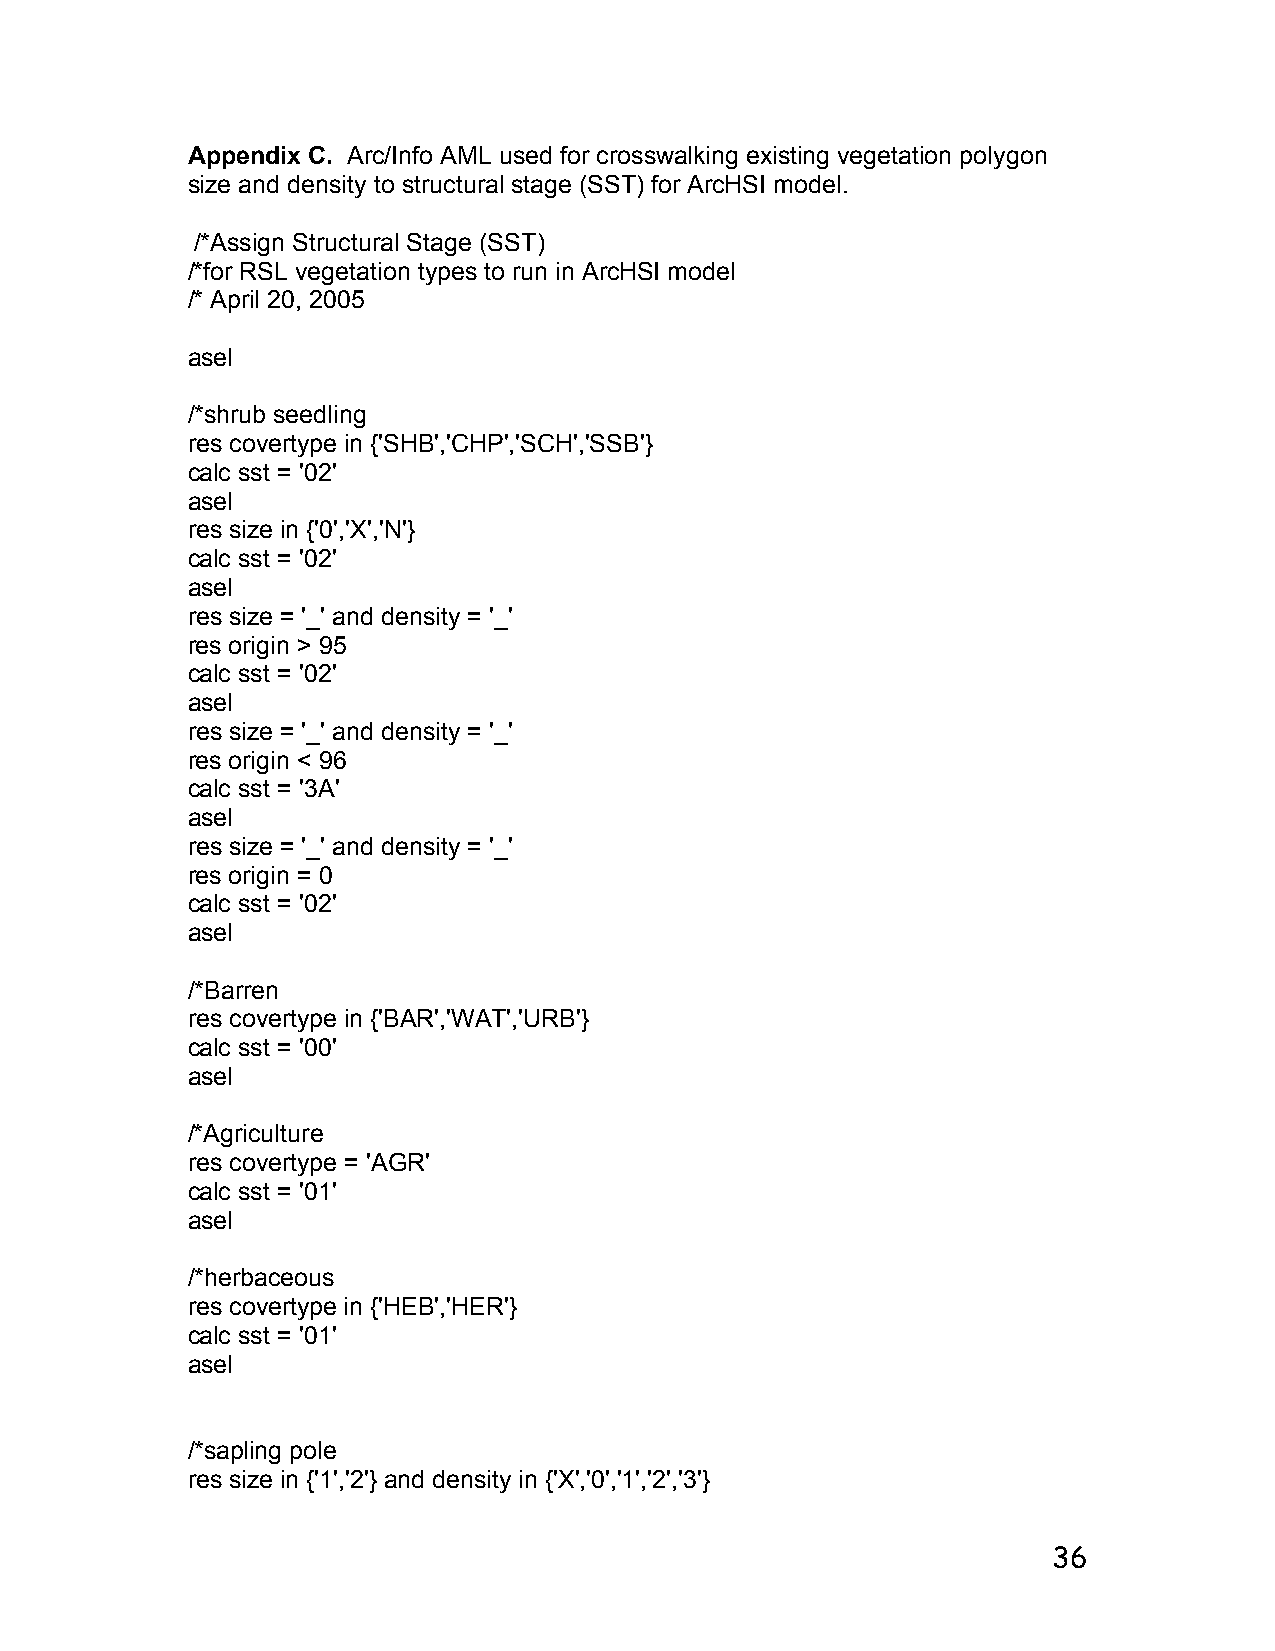
Appendix C. Arc/Info AML used for crosswalking existing vegetation polygon
 size and density to structural stage (SST) for ArcHSI model.
 /*Assign Structural Stage (SST)
 /*for RSL vegetation types to run in ArcHSI model
 /* April 20, 2005
 asel
 /*shrub seedling
 res covertype in {'SHB','CHP','SCH','SSB'}
 calc sst = '02'
 asel
 res size in {'0','X','N'}
 calc sst = '02'
 asel
 res size = '_' and density = '_'
 res origin > 95
 calc sst = '02'
 asel
 res size = '_' and density = '_'
 res origin < 96
 calc sst = '3A'
 asel
 res size = '_' and density = '_'
 res origin = 0
 calc sst = '02'
 asel
 /*Barren
 res covertype in {'BAR','WAT','URB'}
 calc sst = '00'
 asel
 /*Agriculture
 res covertype = 'AGR'
 calc sst = '01'
 asel
 /*herbaceous
 res covertype in {'HEB','HER'}
 calc sst = '01'
 asel
 /*sapling pole
 res size in {'1','2'} and density in {'X','0','1','2','3'}
 36